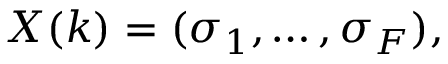
X ( k ) = ( \sigma _ { 1 } , \dots , \sigma _ { F } ) ,